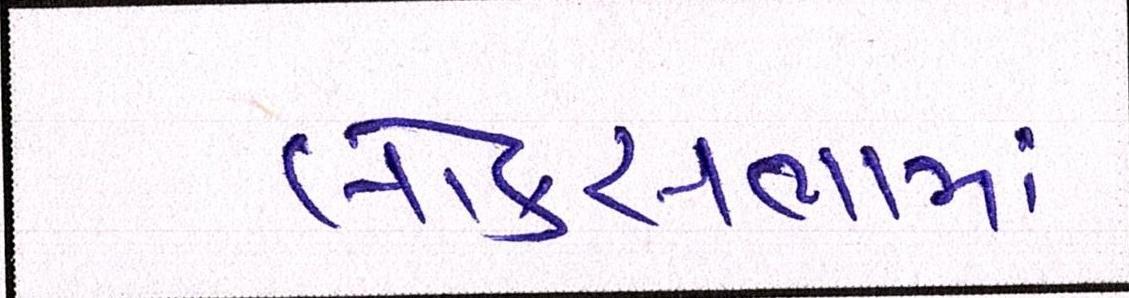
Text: લોકસભામાં